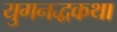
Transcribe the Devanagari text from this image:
युगनद्धकथा